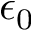
\epsilon _ { 0 }